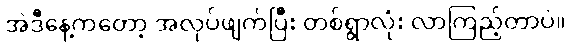
အဲဒီနေ့ကတော့ အလုပ်ဖျက်ပြီး တစ်ရွာလုံး လာကြည့်တာပဲ။